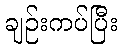
ချဉ်းကပ်ပြီး